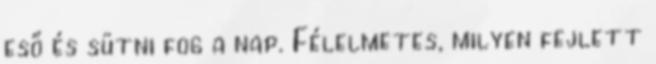
eső és sütni fog a nap. Félelmetes, milyen fejlett